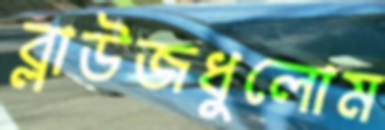
ব্লাউজধুলোম